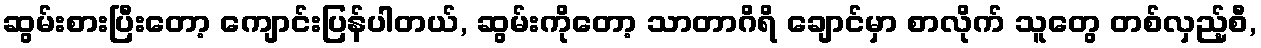
ဆွမ်းစားပြီးတော့ ကျောင်းပြန်ပါတယ်, ဆွမ်းကိုတော့ သာတာဂိရိ ချောင်မှာ စာလိုက် သူတွေ တစ်လှည့်စီ,